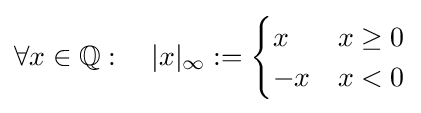
\forall x\in \mathbb {Q} :\quad |x|_{\infty }:={\begin{cases}x&x\geq 0\\-x&x<0\end{cases}}